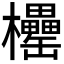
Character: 𣡧